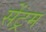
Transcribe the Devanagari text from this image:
सेंट्रम